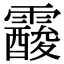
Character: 𩆑